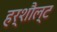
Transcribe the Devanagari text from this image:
हर्शौल्ट